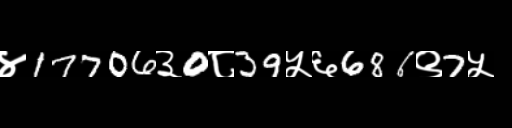
Text: ४17706३0८39५६686९7५